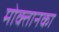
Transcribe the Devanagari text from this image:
मोक्तानका